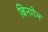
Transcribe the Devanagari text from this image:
बिनगेन